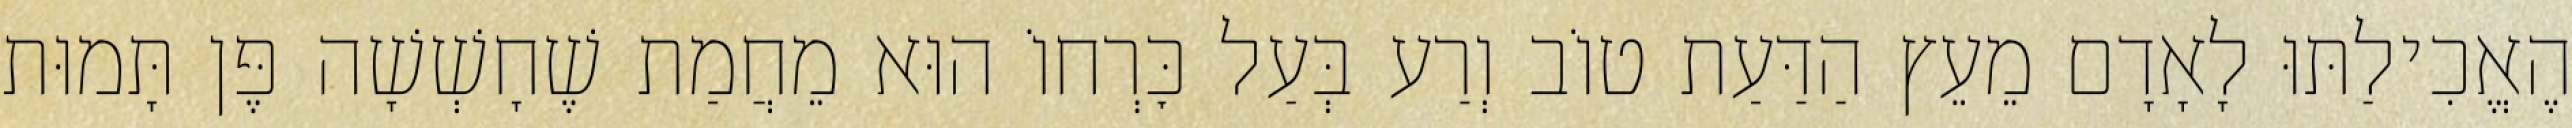
הֶאֱכִילַתּוּ לָאָדָם מֵעֵץ הַדַּעַת טוֹב וְרַע בְּעַל כׇּרְחוֹ הוּא מֵחֲמַת שֶׁחָשְׁשָׁה פֶּן תָּמוּת